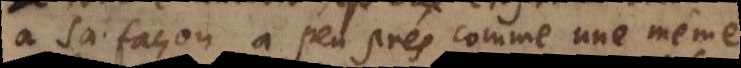
à sa façon, à peu pres comme une même